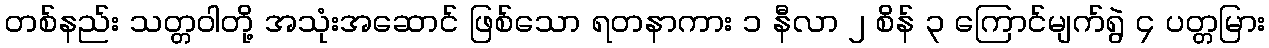
တစ်နည်း သတ္တဝါတို့ အသုံးအဆောင် ဖြစ်သော ရတနာကား ၁ နီလာ ၂ စိန် ၃ ကြောင်မျက်ရွဲ ၄ ပတ္တမြား